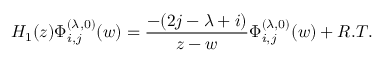
H _ { 1 } ( z ) \Phi _ { i , j } ^ { ( \lambda , 0 ) } ( w ) = \frac { - ( 2 j - \lambda + i ) } { z - w } \Phi _ { i , j } ^ { ( \lambda , 0 ) } ( w ) + R . T .